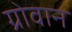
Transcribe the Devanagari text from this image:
ग्रोवान